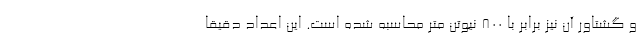
و گشتاور آن نیز برابر با 800 نیوتن متر محاسبه شده است. این اعداد دقیقا